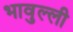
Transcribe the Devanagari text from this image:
भावुल्ली